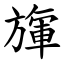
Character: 㫎